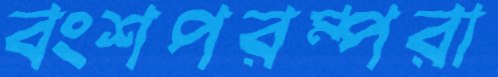
বংশপরম্পরা